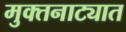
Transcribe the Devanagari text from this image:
मुक्तनाट्यात